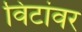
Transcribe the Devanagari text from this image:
विटांवर